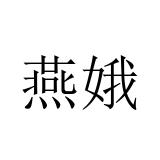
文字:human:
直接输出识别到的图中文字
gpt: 燕娥